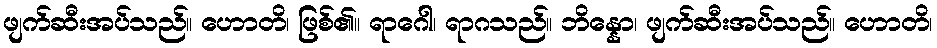
ဖျက်ဆီးအပ်သည်။ ဟောတိ၊ ဖြစ်၏။ ရာဂေါ၊ ရာဂသည်။ ဘိန္နော၊ ဖျက်ဆီးအပ်သည်။ ဟောတိ၊